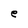
Character: e